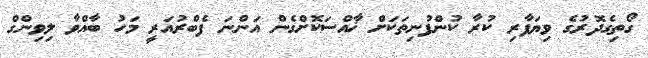
ގޯތިގެދޮރުގެ ވިޔަފާރި ކުރާ ކުންފުނިތަކަށް ޚާއްސަކޮށްގެން އަންނަ ފެބްރުއަރީ މަހު ބާއްވާ ލިވިންގް